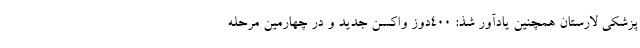
پزشکی لارستان همچنین یادآور شذ: ۴۰۰دوز واکسن جدید و در چهارمین مرحله